Indian journal of veterinary science and animal husbandry - Volume 9,
Year: 1939
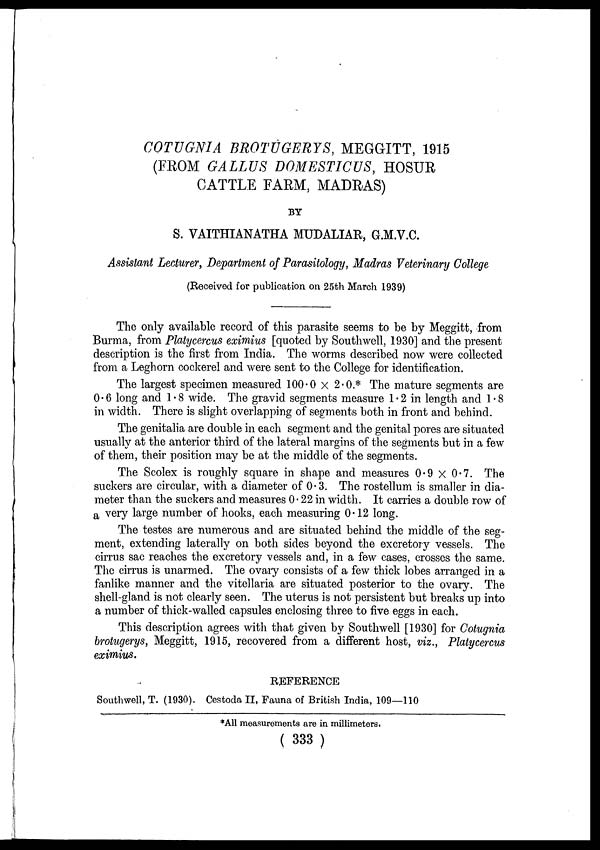
COTUGNIA BROTUGERYS, MEGGITT, 1915
(FROM GALLUS DOMESTICUS, HOSUR
CATTLE FARM, MADRAS)
BY
S. VAITHIANATHA MUDALIAR, G.M.V.C.
Assistant Lecturer, Department of Parasitology, Madras Veterinary College
(Received for publication on 25th March 1939)
The only available record of this parasite seems to be by Meggitt, from
Burma, from Platycercus eximius [quoted by Southwell, 1930] and the present
description is the first from India. The worms described now were collected
from a Leghorn cockerel and were sent to the College for identification.
The largest specimen measured 100.0 × 2.0.* The mature segments are
0.6 long and 1.8 wide. The gravid segments measure 1.2 in length and 1.8
in width. There is slight overlapping of segments both in front and behind.
The genitalia are double in each segment and the genital pores are situated
usually at the anterior third of the lateral margins of the segments but in a few
of them, their position may be at the middle of the segments.
The Scolex is roughly square in shape and measures 0.9 × 0.7. The
suckers are circular, with a diameter of 0.3. The rostellum is smaller in dia-
meter than the suckers and measures 0.22 in width. It carries a double row of
a very large number of hooks, each measuring 0.12 long.
The testes are numerous and are situated behind the middle of the seg-
ment, extending laterally on both sides beyond the excretory vessels. The
cirrus sac reaches the excretory vessels and, in a few cases, crosses the same.
The cirrus is unarmed. The ovary consists of a few thick lobes arranged in a
fanlike manner and the vitellaria are situated posterior to the ovary. The
shell-gland is not clearly seen. The uterus is not persistent but breaks up into
a number of thick-walled capsules enclosing three to five eggs in each.
This description agrees with that given by Southwell [1930] for Cotugnia
brotugerys, Meggitt, 1915, recovered from a different host, viz., Platycercus
eximius.
REFERENCE
Southwell, T. (1930). Cestoda II, Fauna of British India, 109—110
*All measurements are in millimeters.
( 333 )